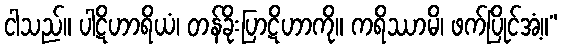
ငါသည်။ ပါဋိဟာရိယံ၊ တန်ခိုးပြာဋိဟာကို။ ကရိဿာမိ၊ ဖက်ပြိုင်အံ့။”